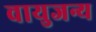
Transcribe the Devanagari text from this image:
वायुजन्य